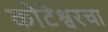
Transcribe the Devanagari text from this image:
कोटेश्वरचा